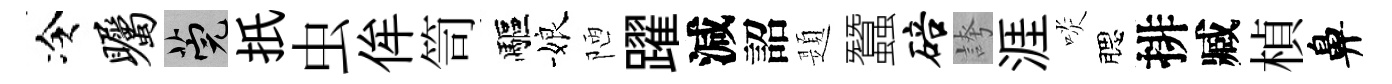
冷瞩筦扺虫侔笥驅娘陋躍減詔題蠶碚誇涯啖腮排臧楨鼻